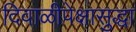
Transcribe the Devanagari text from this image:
दिवाळीपेक्षासुद्धा